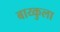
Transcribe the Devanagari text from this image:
बाय्कुला